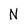
Character: N